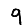
Digit: 9